Annual report on the working of the lock hospitals in the North-Western Provinces and Oudh
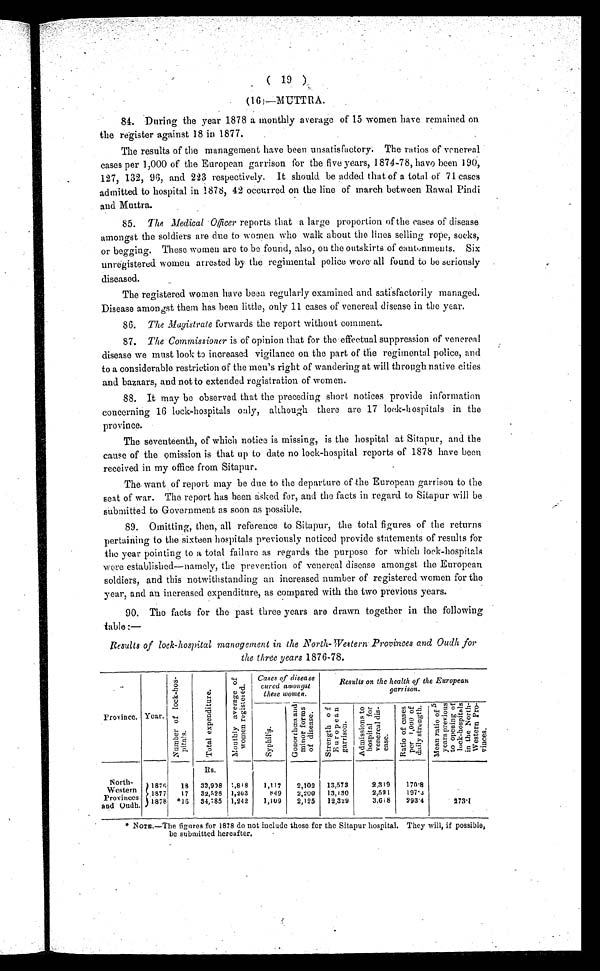
(
19
)
( 1 6 )—MUTTRA.
84. During the year 1878 a monthly average of 15 women have remained on
the register against 18 in 1877.
The results of the management have been unsatisfactory. The ratios of venereal
cases per 1,000 of the European garrison for the five years, 1874-78, have been 190,
127, 132, 96, and 223 respectively. It should be added that of a total of 71 cases
admitted to hospital in 1878, 42 occurred on the line of march between Rawal Pindi
and Muttra.
85. The Medical Officer reports that a large proportion of the cases of disease
amongst the soldiers are due to women who walk about the lines selling rope, socks,
or begging. These women are to be found, also, on the outskirts of cantonments. Six
unregistered women arrested by the regimental police were all found to be seriously
diseased.
The registered women have been regularly examined and satisfactorily managed.
Disease amongst them has been little, only 11 cases of venereal disease in the year.
86. The Magistrate forwards the report without comment.
87. The Commissioner is of opinion that for the effectual suppression of venereal
disease we must look to increased vigilance on the part of the regimental police, and
to a considerable restriction of the men's right of wandering at will through native cities
and bazaars, and not to extended registration of women.
88. It may be observed that the preceding short notices provide information
concerning 16 lock-hospitals only, although there are 17 lock-hospitals in the
province.
The seventeenth, of which notice is missing, is the hospital at Sitapur, and the
cause of the omission is that up to date no lock-hospital reports of 1878 have been
received in my office from Sitapur.
The. want of report may be due to the departure of the European garrison to the
seat of war. The report has been asked for, and the facts in regard to Sitapur will be
submitted to Government as soon as possible.
89. Omitting, then, all reference to Sitapur, the total figures of the returns
pertaining to the sixteen hospitals previously noticed provide statements of results for
the year pointing to a total failure as regards the purpose for which lock-hospitals
were established—namely, the prevention of venereal disease amongst the European
soldiers, and this notwithstanding an increased number of registered women for the
year, and an increased expenditure, as compared with the two previous years.
90. The facts for the past three years are drawn together in the following
table :—
Results of lock-hospital management in the North-Western Provinces and Oudh for
the three years 1876-78.
Province. Year.
N a t u r e o f l o c k - h o s - p i t a l
T o t a l e x p e n t i t u r e .
M o n t h l y
a v e r a g e o f w o m e n r e g i s t e r e d .
Cases of disease
cured amongst
these women.
Results on the health of the European
garrison.
S y p h i l i s .
G o n o r r h œ a a n d m i n o r f o r m s o f d i s e a s e .
S t r e n g t h o f E u r o p e a n g a r r i s o n .
A d m i s s i o n s t o h o s p i t a l f o r v e n e r e a l d i s - e a s e .
R a t i o o f c a s e s p e r 1 , 0 0 0 o f d a i l y s t r e n g t h . Me a n r a t i o o f 5 y e a r s p r e v i o u s t o o p e n i n g o f l o c k - h o s p i t a l s i n t h e N o r t h - We s t e r n p r o - v i n c e s .
North-
Western
Provinces
and Oudh.
R s .
1876 18 33,998 1,818
1,117
2,102 13,573
2,319
170.8
1877
17 32,328 1,263
849
2,200 13,130
2,591
197.3
1878 *16 34,185 1,242
1,109
2,125 12,329
3,618
293.4
273.1
* NOTE.—The figures for 1878 do not include those for the Sitapur hospital. They will, if possible,
be submitted hereafter.